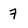
Character: 7